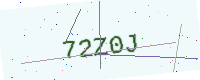
Text: 72Z0J